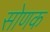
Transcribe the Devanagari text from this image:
सोणक